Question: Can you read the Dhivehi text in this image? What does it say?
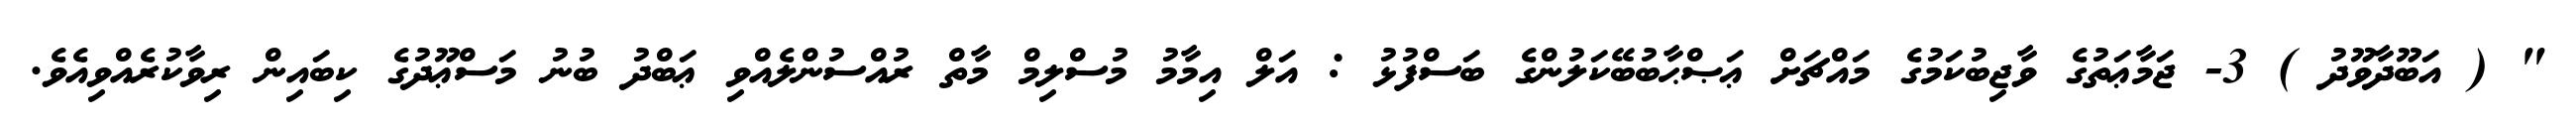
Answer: " ( އަބޫދާވޫދު ) 3- ޖަމާޢަތުގެ ވާޖިބުކަމުގެ މައްޗަށް ޢަޞްޙާބުބޭކަލުންގެ ބަސްފުޅު : އަލް އިމާމު މުސްލިމް މާތް ރުއްސުންލެއްވި ޢަބްދު ބުނު މަސްޢޫދުގެ ކިބައިން ރިވާކުރެއްވިއެވެ.